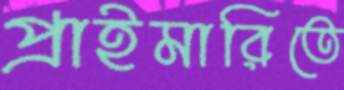
প্রাইমারিতে